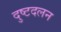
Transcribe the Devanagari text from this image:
दुष्टदलन